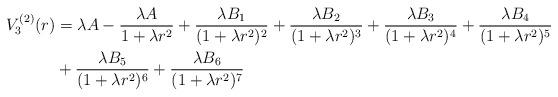
LaTeX: \begin{align*} V^{(2)}_3(r) &= \lambda A - \frac{\lambda A}{1+\lambda r^2} + \frac{\lambda B_1}{(1+\lambda r^2)^2} + \frac{\lambda B_2}{(1+\lambda r^2)^3} + \frac{\lambda B_3}{(1+\lambda r^2)^4} + \frac{\lambda B_4} {(1+\lambda r^2)^5} \\ &{} + \frac{\lambda B_5}{(1+\lambda r^2)^6} + \frac{\lambda B_6}{(1+\lambda r^2)^7}\end{align*}